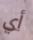
أي